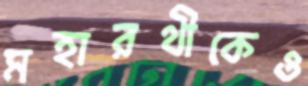
মহারথীকেও